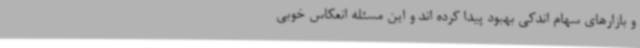
و بازارهای سهام اندکی بهبود پیدا کرده اند و این مسئله انعکاس خوبی